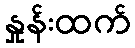
နှုန်းထက်